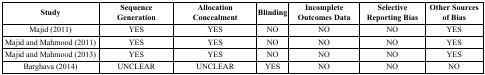
| Study | Sequence Generation | Allocation Concealment | Blinding | Incomplete Outcomes Data | Selective Reporting Bias | Other Sources of Bias |
 | --- | --- | --- | --- | --- | --- | --- |
 | Majid (2011) | YES | YES | NO | NO | NO | YES |
 | Majid and Mahmood (2011) | YES | YES | NO | NO | NO | YES |
 | Majid and Mahmood (2013) | YES | YES | NO | NO | NO | YES |
 | Barghava (2014) | UNCLEAR | UNCLEAR | YES | NO | NO | NO |